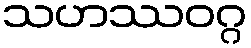
သဟဿဝဂ္ဂ